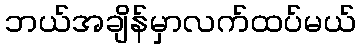
ဘယ်အချိန်မှာလက်ထပ်မယ်